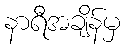
နာရီအချိန်မှ